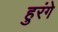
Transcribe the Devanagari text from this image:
हुरंगे